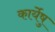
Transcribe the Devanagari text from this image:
कार्येषु